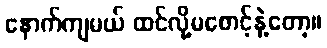
နောက်ကျမယ် ထင်လို့မစောင့်နဲ့တော့။